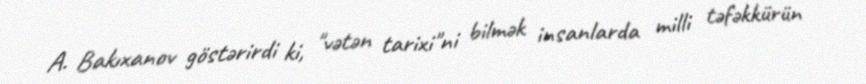
A. Bakıxanov göstərirdi ki, "vətən tarixi"ni bilmək insanlarda milli təfəkkürün